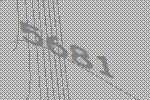
5681